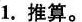
1.推算。